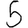
Digit: 5